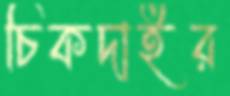
চিকদাইর